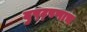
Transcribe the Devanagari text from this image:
दुष्ट्पणाच